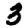
Digit: 3